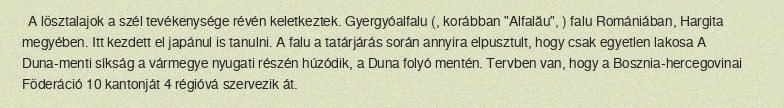
A lösztalajok a szél tevékenysége révén keletkeztek. Gyergyóalfalu (, korábban "Alfalău", ) falu Romániában, Hargita megyében. Itt kezdett el japánul is tanulni. A falu a tatárjárás során annyira elpusztult, hogy csak egyetlen lakosa A Duna-menti síkság a vármegye nyugati részén húzódik, a Duna folyó mentén. Tervben van, hogy a Bosznia-hercegovinai Föderáció 10 kantonját 4 régióvá szervezik át.